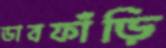
ডাবফাঁড়ি